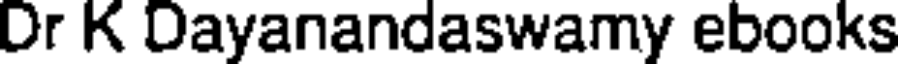
Dr K Dayanandaswamy ebooks